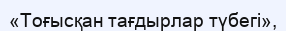
«Тоғысқан тағдырлар түбегі»,